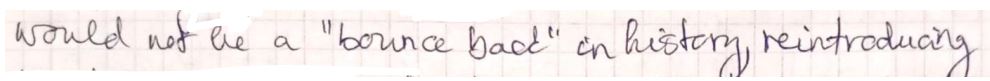
would not be a " bounce back " on history, reintroducing